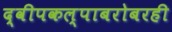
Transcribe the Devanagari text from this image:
द्वीपकल्पाबरोबरही